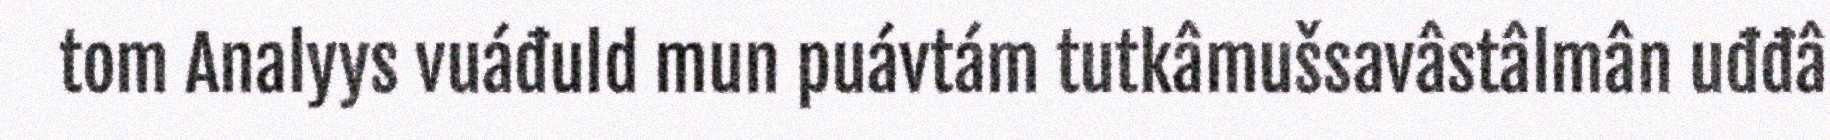
tom Analyys vuáđuld mun puávtám tutkâmušsavâstâlmân uđđâ